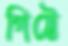
গিট্টে